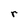
Character: r